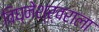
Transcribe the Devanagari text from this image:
विघ्नेश्र्वराला